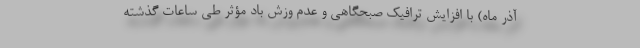
آذر ماه) با افزایش ترافیک صبحگاهی و عدم وزش باد مؤثر طی ساعات گذشته